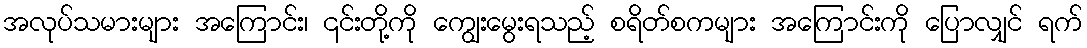
အလုပ်သမားများ အကြောင်း၊ ၎င်းတို့ကို ကျွေးမွေးရသည့် စရိတ်စကများ အကြောင်းကို ပြောလျှင် ရက်